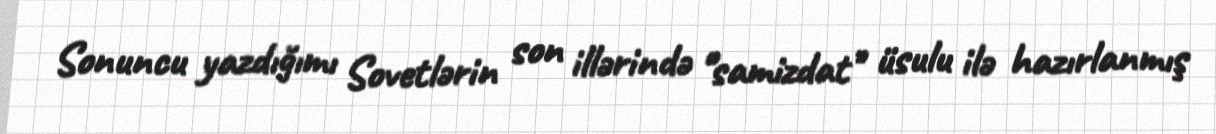
Sonuncu yazdığımı Sovetlərin son illərində ‘’samizdat’’ üsulu ilə hazırlanmış